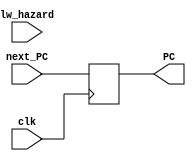
module  PC (clk,next_PC,lw_hazard,PC);
input wire clk;
input wire [31:0]next_PC;
input wire lw_hazard;
output reg [31:0]PC;
initial PC=0;
always@(negedge clk)
 PC<=next_PC;//(lw_hazard==1)?PC:
endmodule

module mux2to1  ( input clk,input wire mux_ctrl , input wire [31:0] Input1 ,input wire [31:0] Input2  , output reg [31:0] Output ) ;

initial Output=0;
always @ ( Input1 or Input2 or mux_ctrl )
begin 
  case (mux_ctrl)

0:
begin
Output <= Input2 ;
end

1:
begin
Output <= Input1 ;
end

endcase 

end

endmodule 
module IMemory (clk,PC, instruction);
input clk;
reg [31:0] imemory[0:1024];
input wire [31:0]PC;
output reg [31:0] instruction;
initial
begin
//imemory [0]=32'b 0;
//imemory [4]=32'b 1;
//imemory [8]=32'b 0;
//imemory [12]=32'b 1;
//imemory [16]=32'b 0;
$readmemb ("instructionfile.txt",imemory);
end
always @(PC)
begin
instruction <= imemory[PC];
//$display("%b",PC);
end

endmodule

module add (input clk,input wire [31:0] PC,output reg[31:0]PC_4);
initial PC_4=0;
always @(PC)
 PC_4<=PC+1;

endmodule
module IF(clk,mux_ctrl,branch_PC,lw_hazard,instruction,output_pc);
input clk,mux_ctrl;
output wire [31:0] instruction;
output wire [31:0]output_pc;
input wire[31:0] branch_PC;
wire [31:0]next_PC;
wire [31:0]PC;
wire[31:0] PC_4;
input lw_hazard;
assign output_pc = PC_4;
add myAdd ( clk,PC,PC_4);
PC myPC (clk,next_PC,lw_hazard, PC);
mux2to1 myMux (  clk,mux_ctrl ,  branch_PC , PC_4 , next_PC ) ;
IMemory M (clk,PC_4, instruction);
endmodule